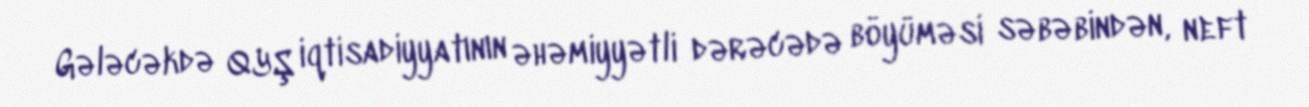
Gələcəkdə QYŞ iqtisadiyyatının əhəmiyyətli dərəcədə böyüməsi səbəbindən, neft